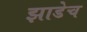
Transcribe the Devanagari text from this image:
झाडेच